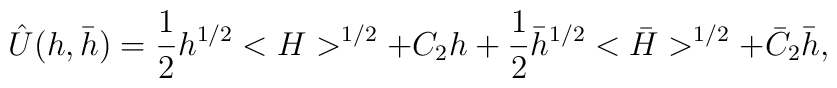
\hat U(h,\bar h)={1 \over 2}h^{1/2}< H>^{1/2}+C_2 h+{1 \over2}\bar h^{1/2}< \bar H>^{1/2}+\bar C_2 \bar h,